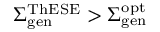
\Sigma _ { \mathrm { g e n } } ^ { \mathrm { T h E S E } } > \Sigma _ { \mathrm { g e n } } ^ { \mathrm { o p t } }